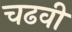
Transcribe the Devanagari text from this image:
चढवी